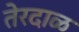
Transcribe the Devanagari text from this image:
तेरदाळ